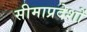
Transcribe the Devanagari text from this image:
सीमाप्रदेशों